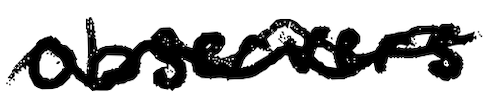
Text: observers
Cross-out: wave
Writing tool: digital_black